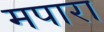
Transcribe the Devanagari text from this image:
मपारा